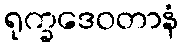
ရုက္ခဒေဝတာနံ